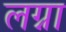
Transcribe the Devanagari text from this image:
लग्ना